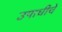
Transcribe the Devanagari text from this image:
उपाधीचे